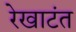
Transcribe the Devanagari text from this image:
रेखाटंत